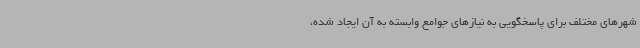
شهرهای مختلف برای پاسخگویی به نیازهای جوامع وابسته به آن ایجاد شده،